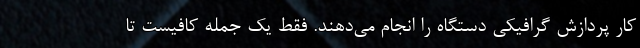
کار پردازش گرافیکی دستگاه را انجام می‌دهند. فقط یک جمله کافیست تا